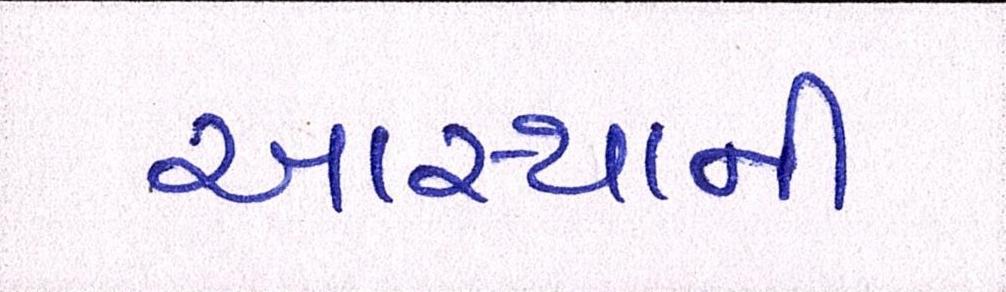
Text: આસ્થાની